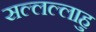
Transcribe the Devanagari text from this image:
सल्लल्लाहु